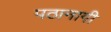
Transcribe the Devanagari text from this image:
पठानागी